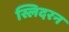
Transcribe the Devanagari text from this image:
स्लिदरन